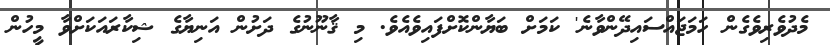
މެދުވެރިވެގެން ހަމަޖައްސައިދޭންވާނެ' ކަމަށް ބަޔާންކޮށްފައިވެއެވެ. މި ޤާނޫނުގެ ދަށުން އަނިޔާގެ ޝިކާރައަކަށްވާ މީހުން